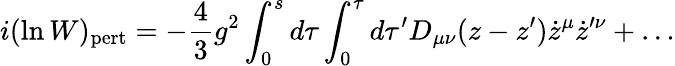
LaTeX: i(\ln W)_{\mathrm{pert}}=-{\frac{4}{3}}g^{2}\int_{0}^{s}d\tau\int_{0}^{\tau}d\tau^{\prime}D_{\mu\nu}(z-z^{\prime})\dot{z}^{\mu}\dot{z}^{\prime\nu}+\dots